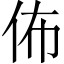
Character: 佈